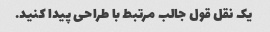
یک نقل قول جالب مرتبط با طراحی پیدا کنید.